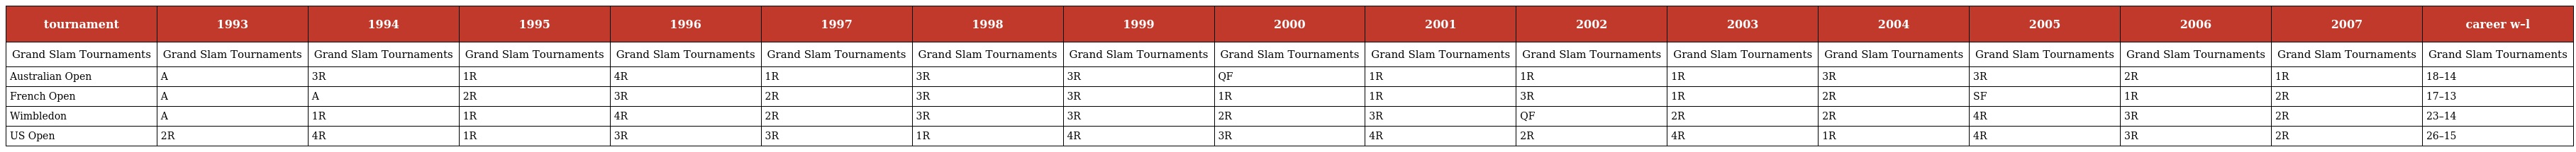
| tournament | 1993 | 1994 | 1995 | 1996 | 1997 | 1998 | 1999 | 2000 | 2001 | 2002 | 2003 | 2004 | 2005 | 2006 | 2007 | career w–l |
 | --- | --- | --- | --- | --- | --- | --- | --- | --- | --- | --- | --- | --- | --- | --- | --- | --- |
 | Grand Slam Tournaments | Grand Slam Tournaments | Grand Slam Tournaments | Grand Slam Tournaments | Grand Slam Tournaments | Grand Slam Tournaments | Grand Slam Tournaments | Grand Slam Tournaments | Grand Slam Tournaments | Grand Slam Tournaments | Grand Slam Tournaments | Grand Slam Tournaments | Grand Slam Tournaments | Grand Slam Tournaments | Grand Slam Tournaments | Grand Slam Tournaments | Grand Slam Tournaments |
 | Australian Open | A | 3R | 1R | 4R | 1R | 3R | 3R | QF | 1R | 1R | 1R | 3R | 3R | 2R | 1R | 18–14 |
 | French Open | A | A | 2R | 3R | 2R | 3R | 3R | 1R | 1R | 3R | 1R | 2R | SF | 1R | 2R | 17–13 |
 | Wimbledon | A | 1R | 1R | 4R | 2R | 3R | 3R | 2R | 3R | QF | 2R | 2R | 4R | 3R | 2R | 23–14 |
 | US Open | 2R | 4R | 1R | 3R | 3R | 1R | 4R | 3R | 4R | 2R | 4R | 1R | 4R | 3R | 2R | 26–15 |